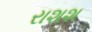
રાશશ